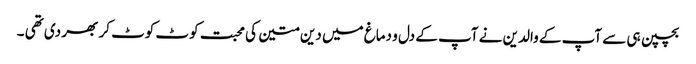
بچپن ہی سے آپ کے والدین نے آپ کے دل و دماغ میں دین متین کی محبت کوٹ کوٹ کر بھر دی تھی ۔